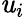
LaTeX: \mathit{u}_{i}